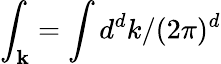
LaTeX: \int_{\textbf{k}}=\int d^{d}k/(2\pi)^{d}